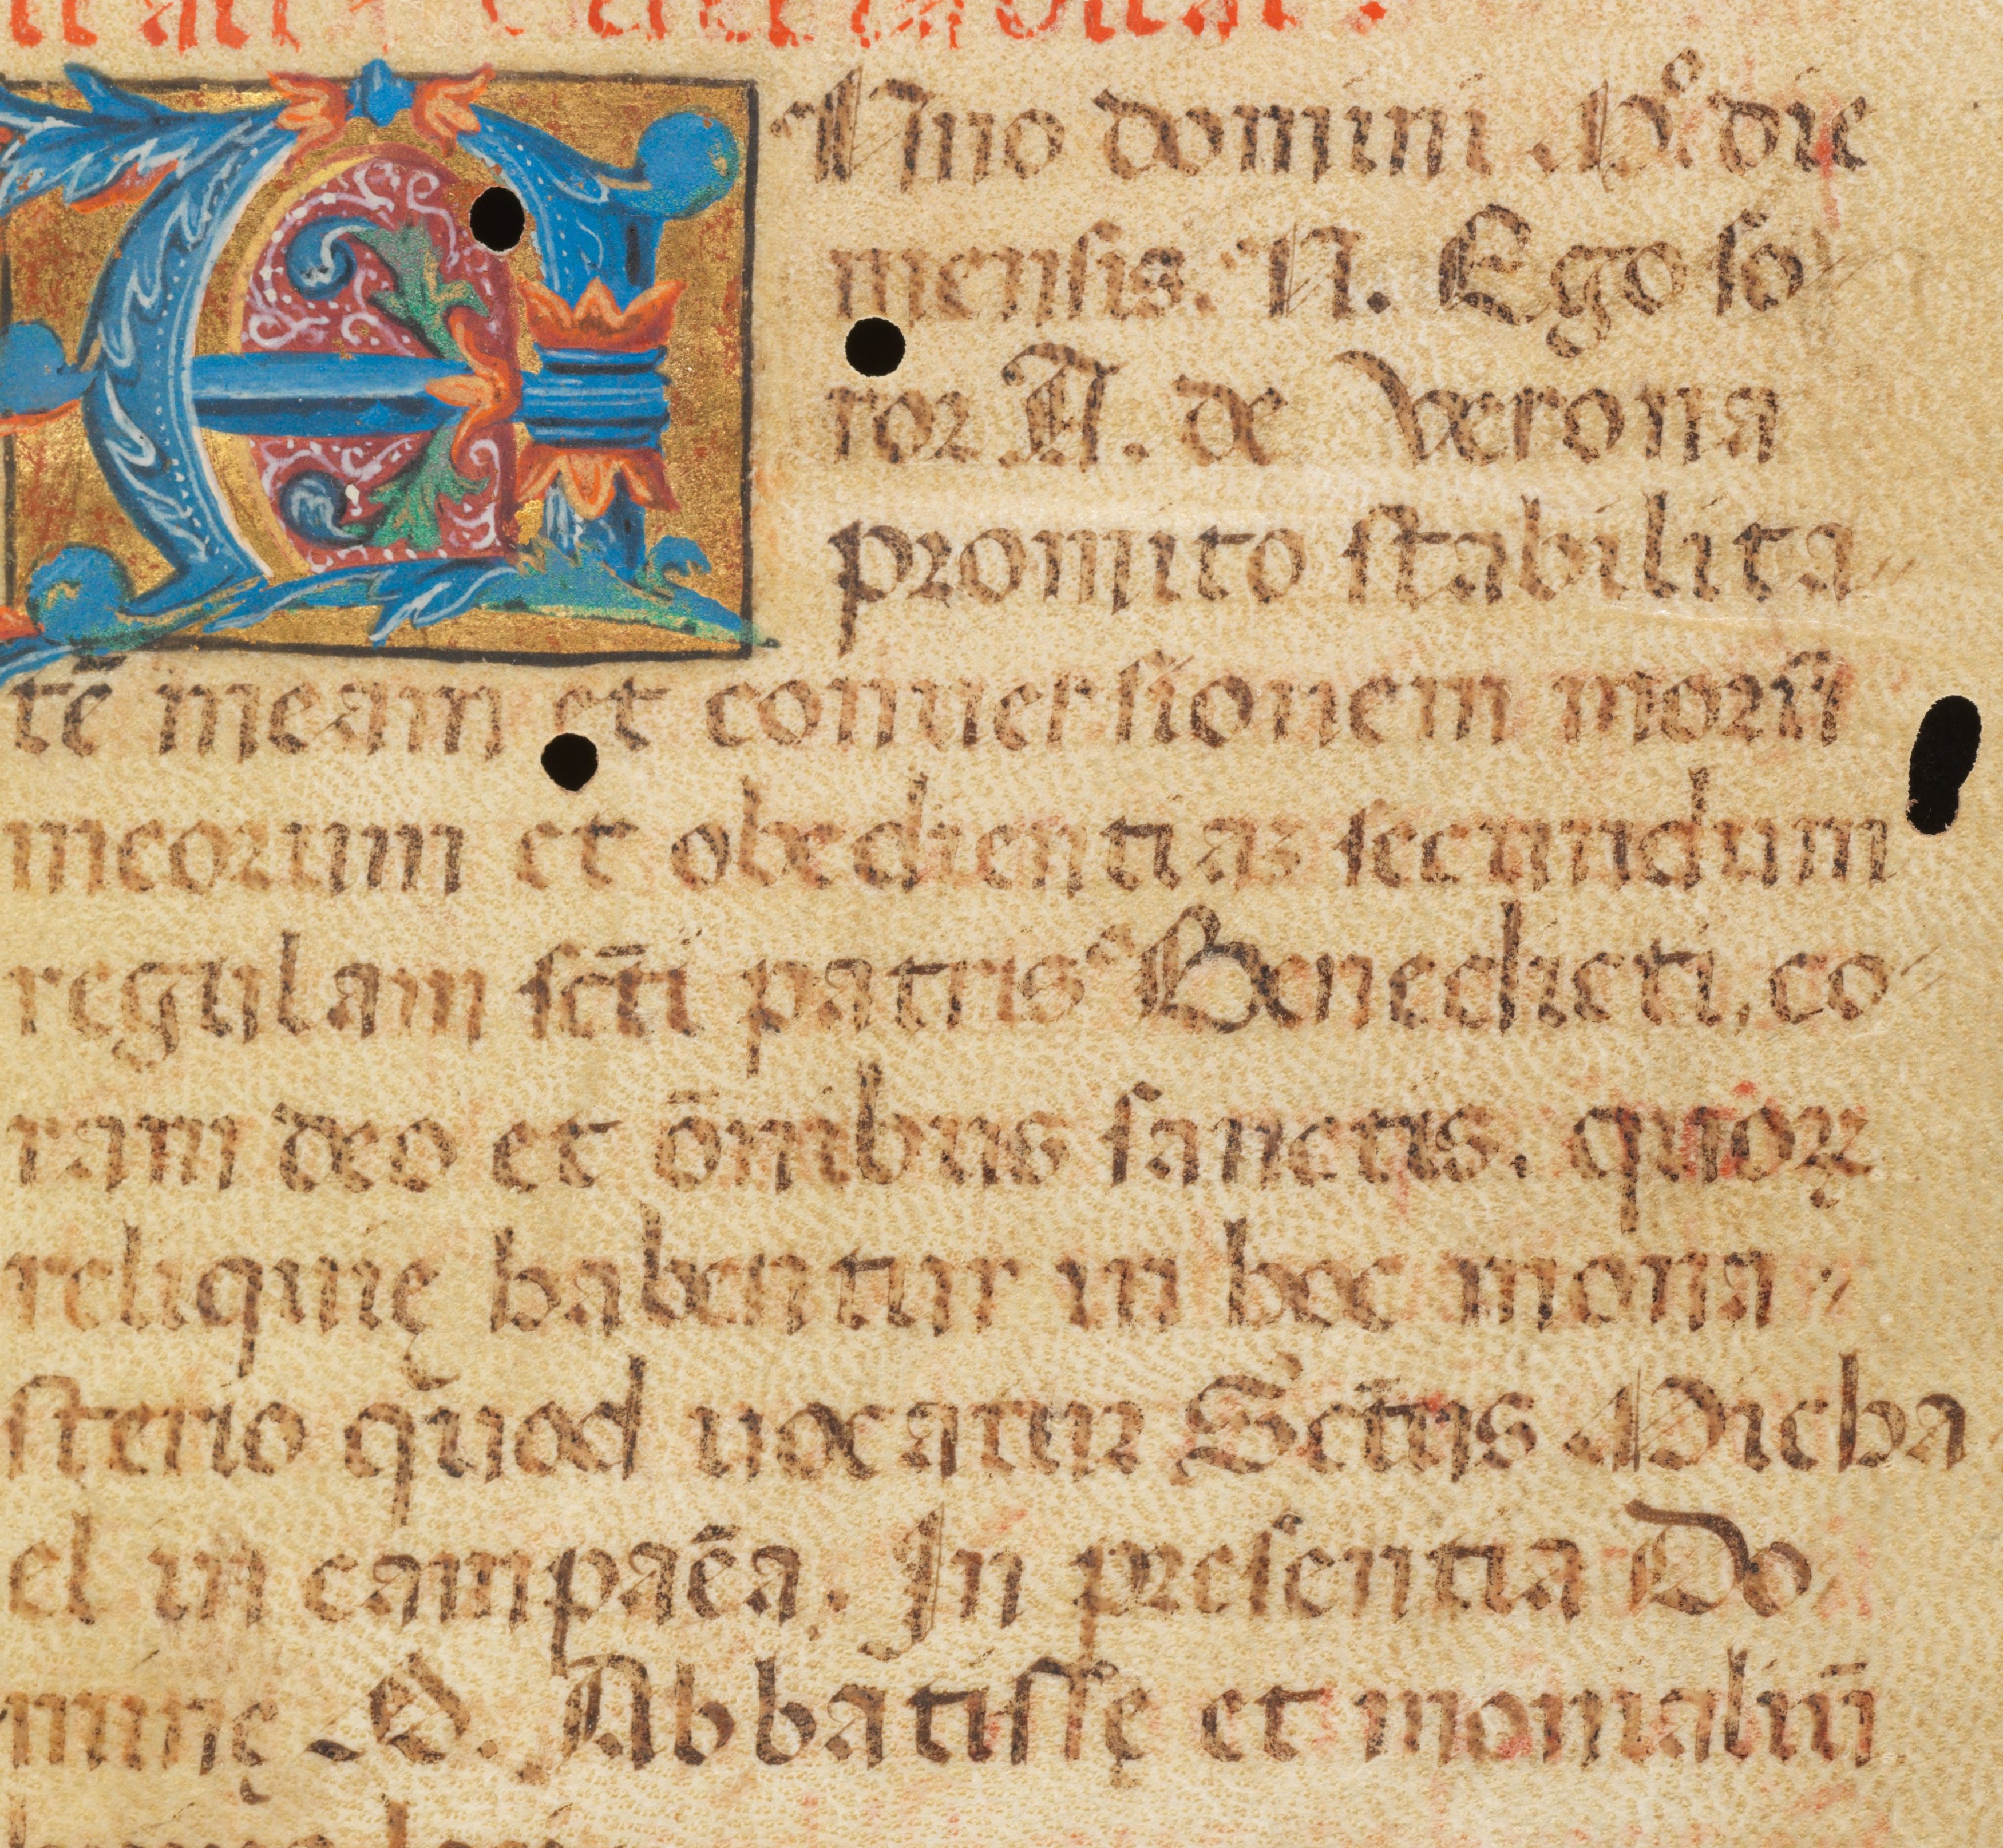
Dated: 1400–1499